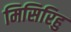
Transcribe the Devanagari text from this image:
मिसिरिहु